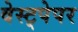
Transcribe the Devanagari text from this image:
वेस्ट्पेपर